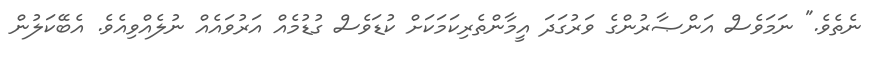
ނެތެވެ." ނަމަވެސް އަންޞާރުންގެ ވަރުގަދަ އީމާންތެރިކަމަކަށް ކުޑަވެސް ގުޑުމެއް އަރުވައެއް ނުލެއްވިއެވެ. އެބޭކަލުން